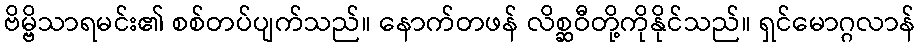
ဗိမ္ဗိသာရမင်း၏ စစ်တပ်ပျက်သည်။ နောက်တဖန် လိစ္ဆဝီတို့ကိုနိုင်သည်။ ရှင်မောဂ္ဂလာန်